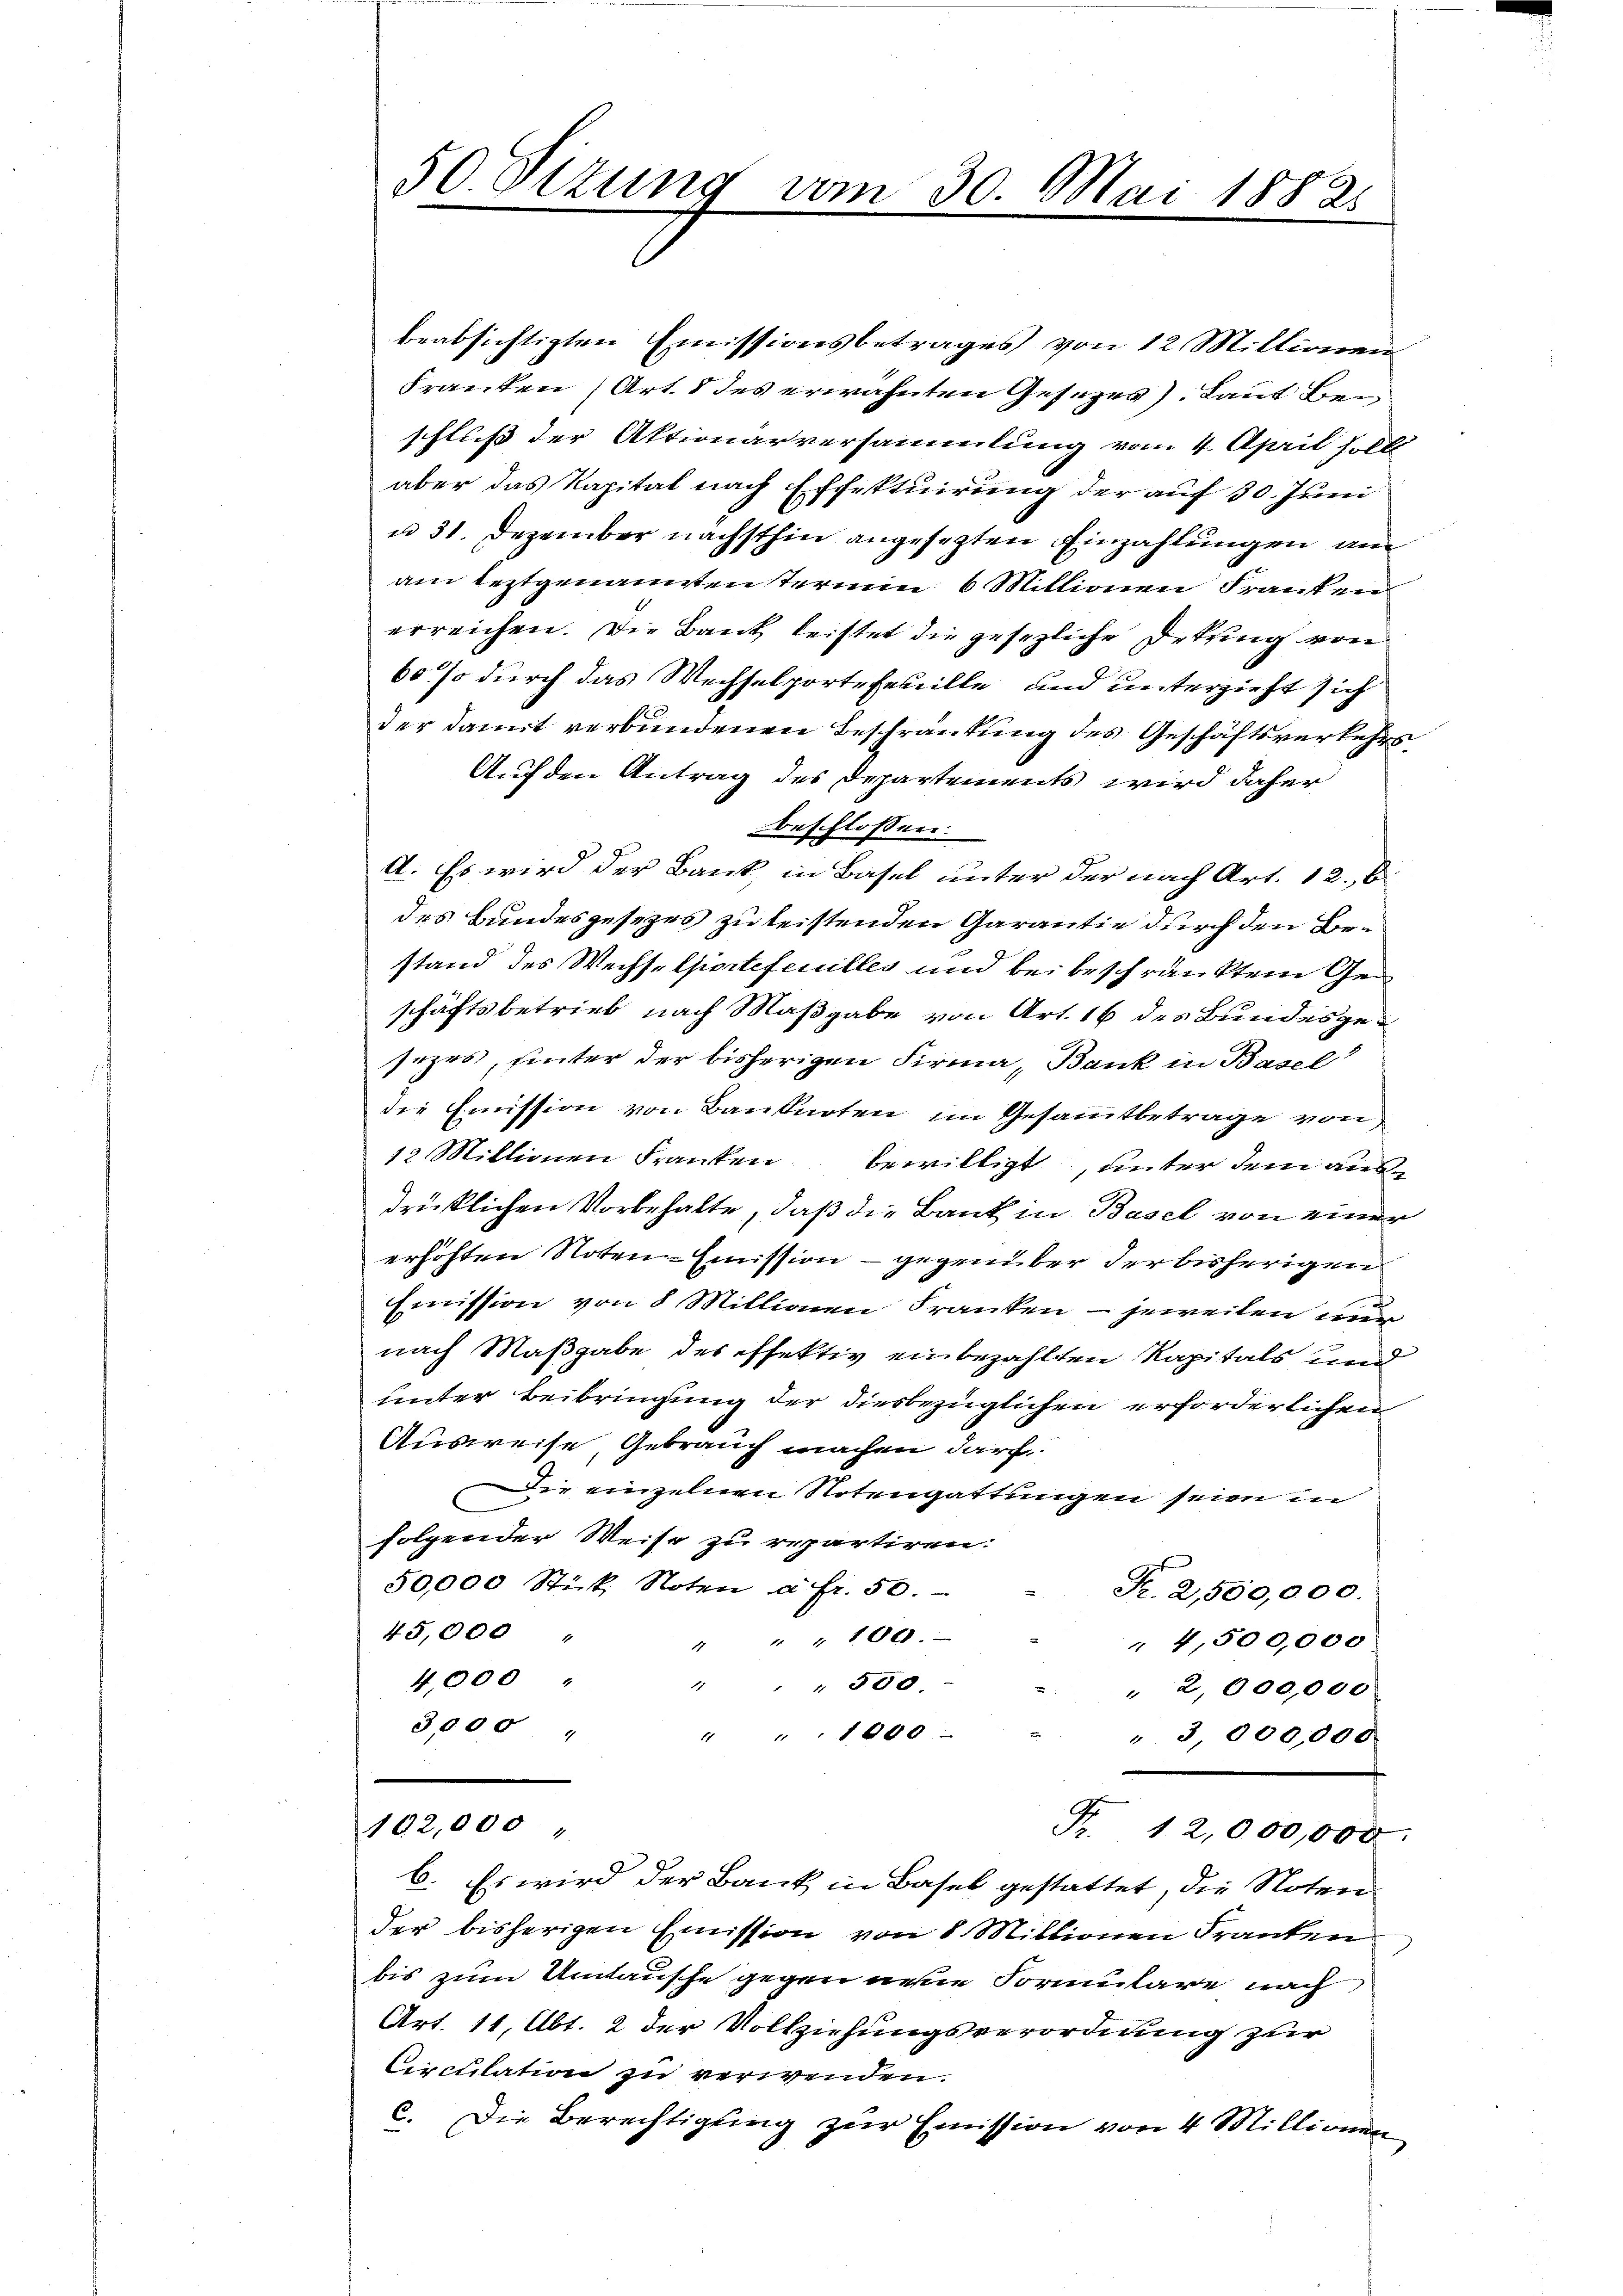
50. Situng vom 30. Mai 1882.

beabsichtigten Emissionsbetrages von 12 Millionen
Franken (Art. 8 des erwähnten Gesezes). Laut Bei
schluß der Aktionarversammlung vom 4. April fol
aber das Kapital nach Effektuirung der auf 30. Juni
u 31. Dezember nächsthin angesezten Einzahlungen an
am leztgenannten Termin 6 Millionen Franten
erreichen. Die Bank leistet die gesezliche Detung von
60 so durch das Wechselporte feuille und unterzieht sich
der damit verbundenen Beschränkung des Geschäftsverkehrs¬
Auf den Antrag des Departements wird daher
beschlossen:
A. Es wird der Bank, in Basel unter der nach Art. 12. 6
des Bundesgesezes zu leistenden Garantie durch den Bestand des Wechselportefeuilles und bei beschränktem Geschäftsbetrieb nach Maßgabe von Art. 16 des Bundesgeseprs, hinter der bisherigen Firma, Bank in Basel
die Emission von Banknoten im Gesammtbetrage von
12 Millionen Franken bewilligt, unter dem ausdrüklichen Vorbehalte, daß die Bank in Basel von einer
erhöhten Noten-Emission - gegenüber der bisherigen
Emission von 8 Millionen Franken – jeweilen zu
nach Maßgabe des effektiv einbezahlten Kapitals und
unter Beibringung der diesbezüglichen erforderlichen
Ausweise, Gebrauch machen darf,
Die einzelnen Notengattungen seien in
folgender Weise zu repartiren:
50,000 Stick, Noten a fr. 50.
Fr. 2,500,000.
45,000
" " 100.
" 4,500,000
4,000
11 " " 900
" 2,000,000.
3,000
1 " " 1000 -
" 3 000,000.
102,000
Fr. 12,000,000.
C. Es wird der Bank in Basel gestattet, die Noterider bisherigen Emission von 8 Millionen Franken
bis zum Umtausche gegen nehme Formulare nach
Art. 11, Abt. 2 der Vollziehungsverordnung zur
Circulation zu verwenden.
c. Die Berechtigung zur Emission von 4 Millionen